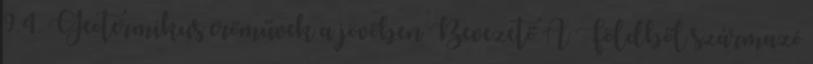
9.4. Geotermikus erőművek a jövőben Bevezető A Földből származó